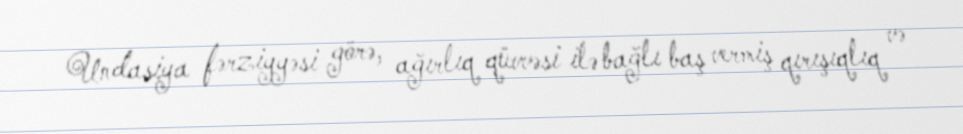
Undasiya fərziyyəsi görə, ağırlıq qüvvəsi ilə bağlı baş vermiş qırışıqlıq və